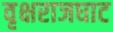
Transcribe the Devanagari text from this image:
वृक्षराजघाट